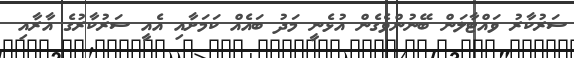
ސަރުކާރު ވައްޓާލަން ބޭނުންވެގެން އުޅެނީ މަދު ބައެއް ކަމަށާއި އެއީ ސަރުކާރުގެ އާރާއި